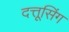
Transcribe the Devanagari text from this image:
दत्तूसिंग